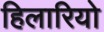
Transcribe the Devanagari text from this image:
हिलारियो